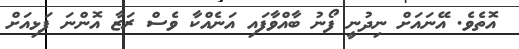
އޮތެވެ. އޭނައަށް ނިދުނީ ފޯނު ބާއްވާފައި އަނެއްކާ ވެސް ރަޒާ އޮންނަ ފަޅިއަށް